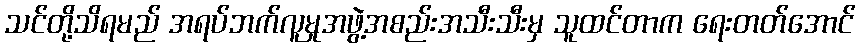
သင်တို့သိရမည် အရပ်ဘက်လူမှုအဖွဲ့အစည်းအသီးသီးမှ သူထင်တာက ရေးတတ်အောင်